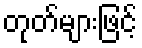
တုတ်များဖြင့်